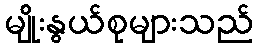
မျိုးနွယ်စုများသည်